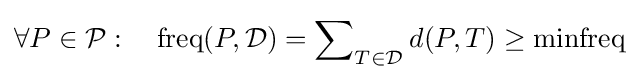
\forall P\in {\mathcal {P}}:\quad \mathrm {freq} (P,{\mathcal {D}})=\sum \nolimits _{T\in {\mathcal {D}}}d(P,T)\geq \mathrm {minfreq}